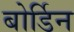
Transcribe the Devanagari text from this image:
बोर्डिन